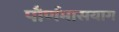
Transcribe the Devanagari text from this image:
पौर्णमासयाग